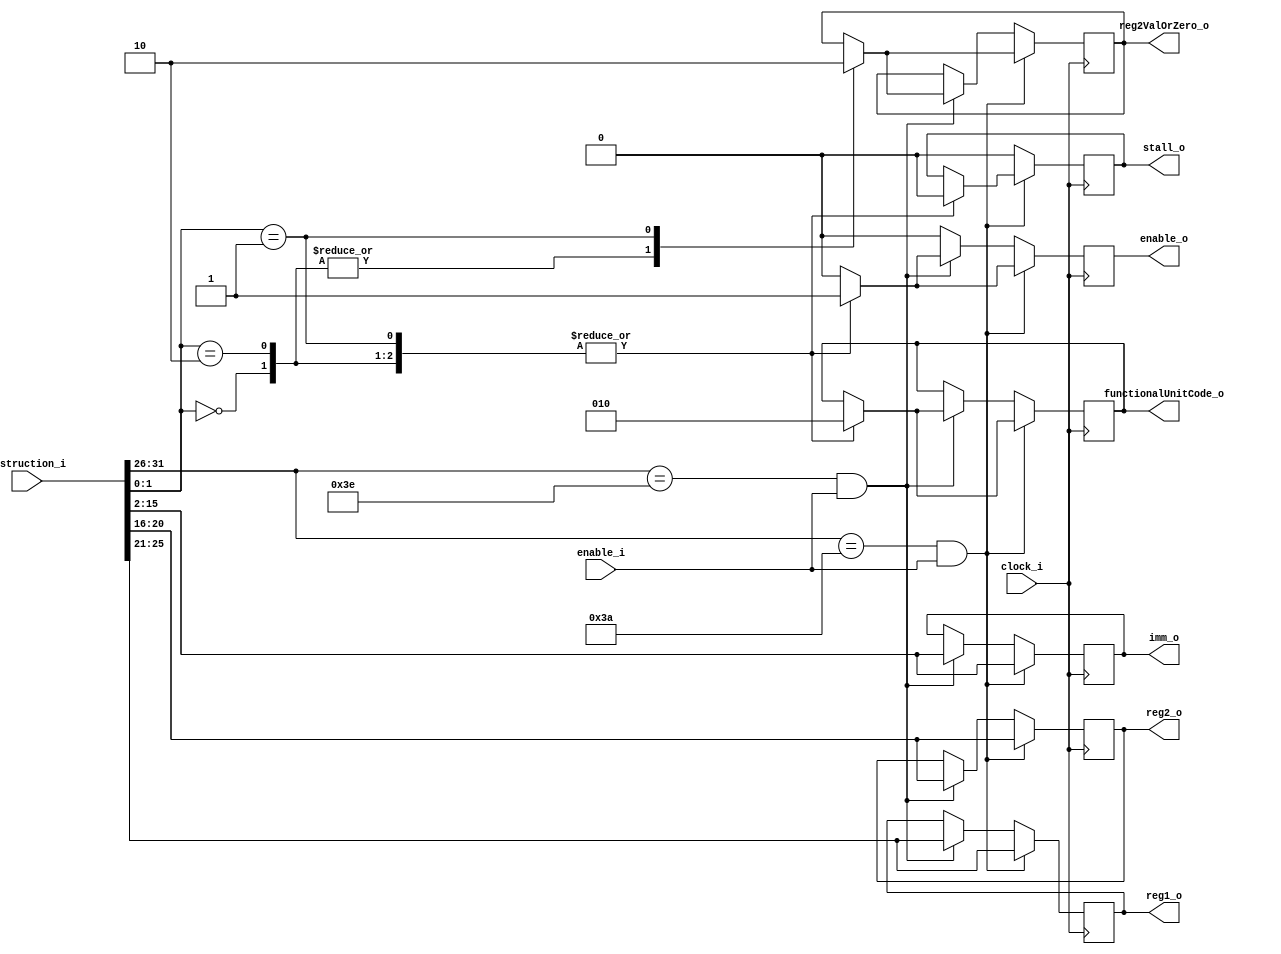
`timescale 1ns / 1ps
//////////////////////////////////////////////////////////////////////////////////
//Implements all Integer DS format instructions
//All output immediate optputs are to have 2 binary zeroes (2'b00) extended onto the right side before being sign extended to 64 bits.
//////////////////////////////////////////////////////////////////////////////////
module DSFormatDecoder#(parameter opcodeWidth = 6, parameter regWidth = 5, parameter immWidth = 14, parameter instructionWidth = 32,
parameter FXUnitCode = 0, parameter FPUnitCode = 1, parameter LdStUnitCode = 2, parameter BranchUnitCode = 3, parameter TrapUnitCode = 4//functional unit code/ID used for dispatch
)(
	//command in
	input wire clock_i,
	input wire enable_i,
	//data in
	input wire [0:instructionWidth-1] instruction_i,
	//command out
	output reg stall_o,
	//data out
	output reg [0:regWidth-1] reg1_o, reg2_o,
	output reg reg2ValOrZero_o,//indicates that if the register addr is zero, a zero litteral is to be used not reg zero
	output reg [0:immWidth-1] imm_o,	
	output reg [0:2] functionalUnitCode_o,
	output reg enable_o
	);
	
always @(posedge clock_i)
begin
	//Integer DS format instructions
	if(instruction_i[0:opcodeWidth-1] == 58 && enable_i == 1)
	begin
		reg1_o <= instruction_i[6:10]; reg2_o <= instruction_i[11:15];
		imm_o <= instruction_i[16:29]; 
		case(instruction_i[30:31])		
			2: begin $display("Load Word Algebraic");				
				reg2ValOrZero_o <= 1;
				enable_o <= 1; stall_o <= 0;
				functionalUnitCode_o <= LdStUnitCode;
			end
			0: begin $display("Load Doubleword");
				reg2ValOrZero_o <= 1;
				enable_o <= 1; stall_o <= 0;
				functionalUnitCode_o <= LdStUnitCode;
			end
			1: begin $display("Load Doubleword with Update");
				reg2ValOrZero_o <= 0;
				enable_o <= 1; stall_o <= 0;
				functionalUnitCode_o <= LdStUnitCode;
			end
			default begin $display("Invalid or unsupported instruction"); enable_o <= 0; end
		endcase
	end
	else if(instruction_i[0:opcodeWidth-1] == 62 && enable_i == 1)
	begin
		reg1_o <= instruction_i[6:10]; reg2_o <= instruction_i[11:15];
		imm_o <= instruction_i[16:29];
		case(instruction_i[30:31])
			0: begin $display("Store Doubleword");
				reg2ValOrZero_o <= 1;
				enable_o <= 1; stall_o <= 0;
				functionalUnitCode_o <= LdStUnitCode;
			end
			2: begin $display("Store Quadword");
				reg1_o <= instruction_i[6:10]; reg2_o <= instruction_i[11:15];
				reg2ValOrZero_o <= 1;
				enable_o <= 1; stall_o <= 0;
				functionalUnitCode_o <= LdStUnitCode;
			end
			1: begin $display("Store Doubleword with Update");
				reg1_o <= instruction_i[6:10]; reg2_o <= instruction_i[11:15];
				reg2ValOrZero_o <= 0;
				enable_o <= 1; stall_o <= 0;
				functionalUnitCode_o <= LdStUnitCode;
			end
			default begin $display("Invalid or unsupported instruction"); enable_o <= 0;  stall_o <= 0; end
		endcase
	end
	else
	begin
		enable_o <= 0;
		stall_o <= 0;
	end
end

endmodule